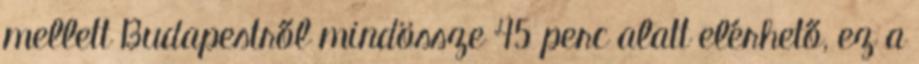
mellett Budapestről mindössze 45 perc alatt elérhető, ez a